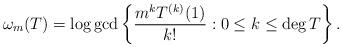
LaTeX: \begin{align*} \omega_m(T) = \log\gcd\left\{\frac{m^kT^{(k)}(1)}{k!}: 0\leq k\leq \deg T\right\}.\end{align*}